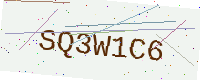
Text: SQ3W1C6